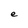
Character: e